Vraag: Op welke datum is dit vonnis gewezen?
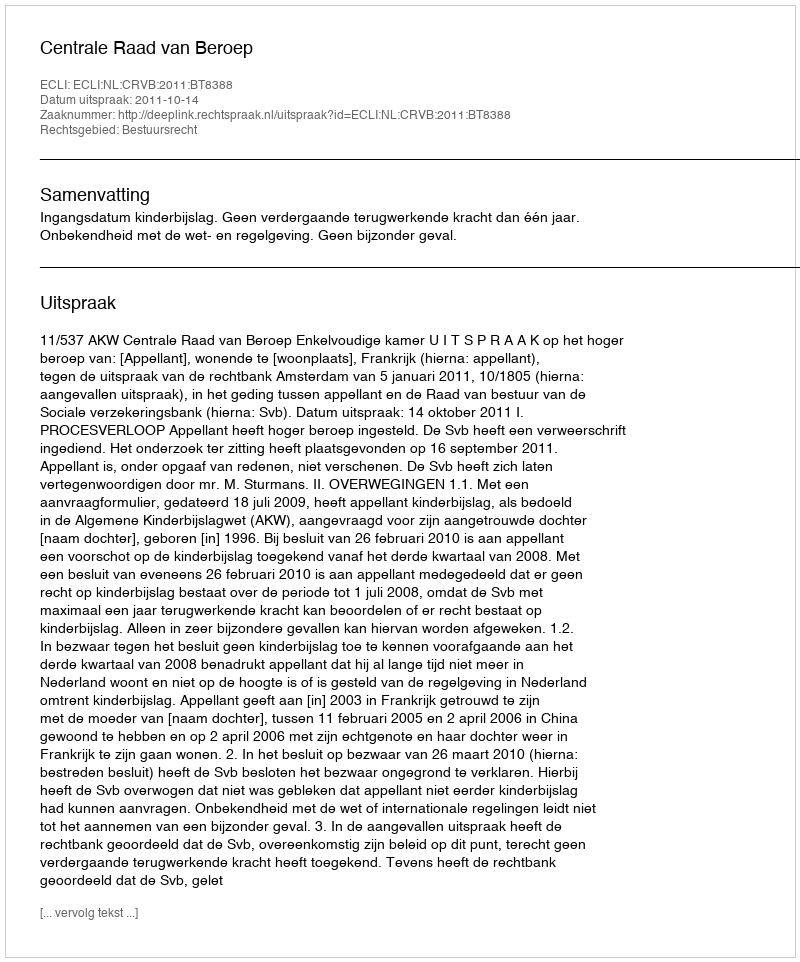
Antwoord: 2011-10-14